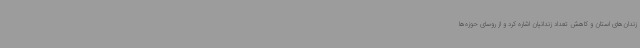
زندان‌های استان و کاهش تعداد زندانیان اشاره کرد و از روسای حوزه‌ها